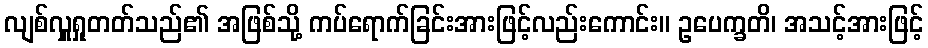
လျစ်လှူရှုတတ်သည်၏ အဖြစ်သို့ ကပ်ရောက်ခြင်းအားဖြင့်လည်းကောင်း။ ဥပေက္ခတိ၊ အသင့်အားဖြင့်